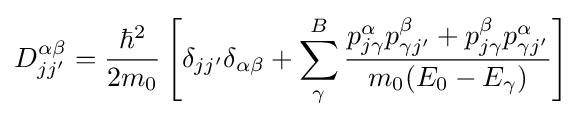
D_{jj'}^{\alpha \beta }={\frac {\hbar ^{2}}{2m_{0}}}\left[\delta _{jj'}\delta _{\alpha \beta }+\sum _{\gamma }^{B}{\frac {p_{j\gamma }^{\alpha }p_{\gamma j'}^{\beta }+p_{j\gamma }^{\beta }p_{\gamma j'}^{\alpha }}{m_{0}(E_{0}-E_{\gamma })}}\right]